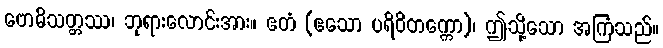
ဗောဓိသတ္တဿ၊ ဘုရားလောင်းအား။ ဧတံ (ဧသော ပရိဝိတက္ကော)၊ ဤသို့သော အကြံသည်။